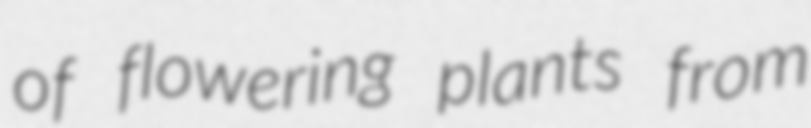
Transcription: of flowering plants from